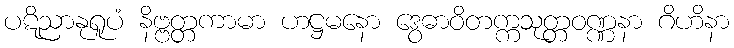
ပဋိညာနုရူပံ နိဗ္ဗတ္တကာမာ ဟဋ္ဌမနော ဒွေဓာဝိတက္ကသုတ္တဝဏ္ဏနာ ဂိဟိနာ